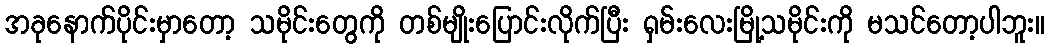
အခုနောက်ပိုင်းမှာတော့ သမိုင်းတွေကို တစ်မျိုးပြောင်းလိုက်ပြီး ရှမ်းလေးမြို့သမိုင်းကို မသင်တော့ပါဘူး။